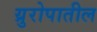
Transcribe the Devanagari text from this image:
य्रुरोपातील